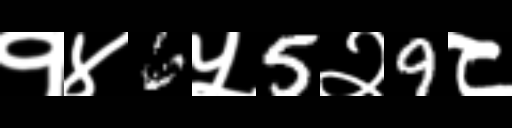
Text: १४6५5२9८